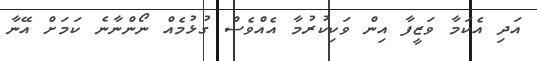
އަދި އެކަމާ ވަޒީފާ އިން ވަކިކުރުމާ އެއްވެސް ގުޅުމެއް ނޯންނާނެ ކަމަށް އޭނާ